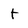
Character: t